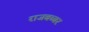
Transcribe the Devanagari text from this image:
राजबब्बर